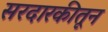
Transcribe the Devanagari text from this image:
सरदारकीतून